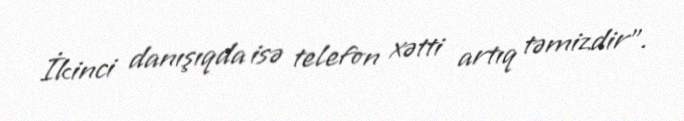
İkinci danışıqda isə telefon xətti artıq təmizdir”.